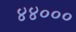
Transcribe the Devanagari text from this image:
४४०००